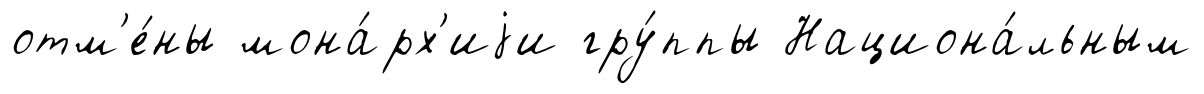
отм'е́ны мона́рх'иjи гру́ппы Национа́льным